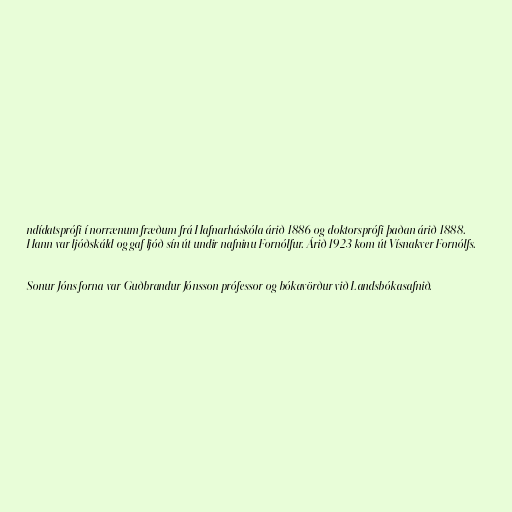
ndídatsprófi í norrænum fræðum frá Hafnarháskóla árið 1886 og doktorsprófi þaðan árið 1888.
Hann var ljóðskáld og gaf ljóð sín út undir nafninu Fornólfur. Árið 1923 kom út Vísnakver Fornólfs.

Sonur Jóns forna var Guðbrandur Jónsson prófessor og bókavörður við Landsbókasafnið.